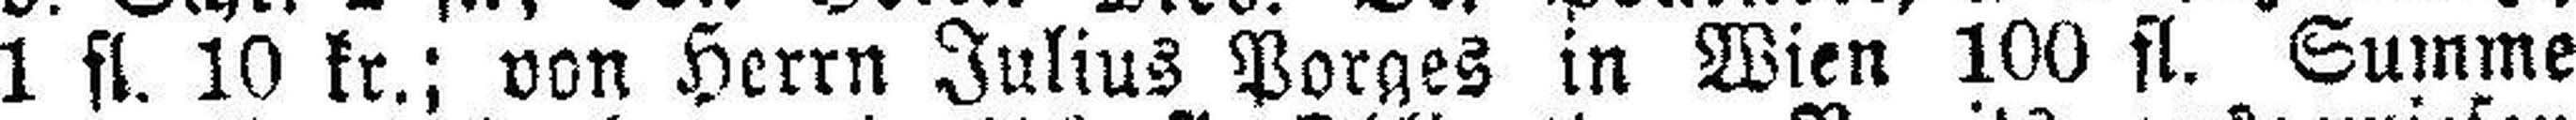
1 fl. 10 kr.; von Herrn Julius Porges in Wien 100 fl. Summe